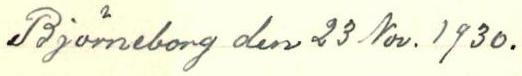
Björnborg den 23 Nov. 1930.